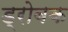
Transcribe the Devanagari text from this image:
ड्रोबक